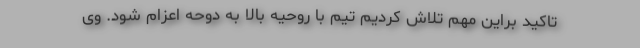
تاکید براین مهم تلاش کردیم تیم با روحیه بالا به دوحه اعزام شود. وی